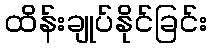
ထိန်းချုပ်နိုင်ခြင်း